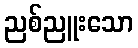
ညစ်ညူးသော